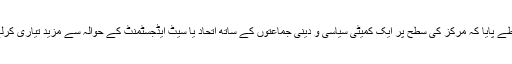
٭	سیاسی صورت حال پر بحث کے ضمن میں طے پایا کہ مرکز کی سطح پر ایک کمیٹی سیاسی و دینی جماعتوں کے ساتھ اتحاد یا سیٹ ایڈجسٹمنٹ کے حوالہ سے مزید تیاری کرلے تاکہ اگلے مراحل میں پیش رفت میں آسانی ہو۔